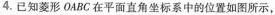
4.已知菱形OABC在平面直角坐标系中的位置如图所示，